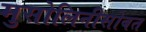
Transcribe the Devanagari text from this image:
मुसोलिनीसोबत